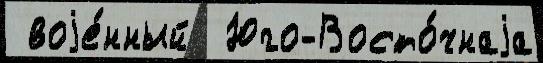
 воjе́нный  Юго-Восто́чнаjа